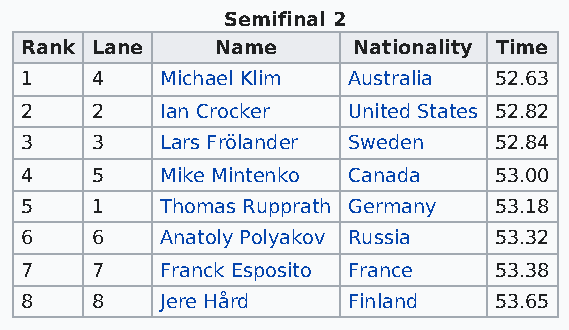
Semifinal 2
 Rank Lane    Name     Nationality Time
 1    4    Michael Klim Australia 52.63
 2    2    Ian Crocker United States 52.82
 3    3    Lars Frölander Sweden 52.84
 4    5    Mike Mintenko Canada  53.00
 5    1    Thomas Rupprath Germany 53.18
 6    6    Anatoly Polyakov Russia 53.32
 7    7    Franck Esposito France 53.38
 8    8    Jere Hård   Finland   53.65